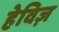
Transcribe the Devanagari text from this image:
हेविज़